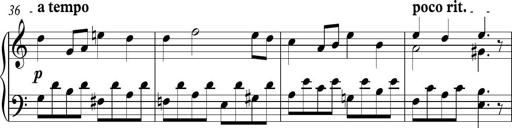
Title: Piano Sonatina in C
Composer: Daniel LÃ©o Simpson
Key: C major